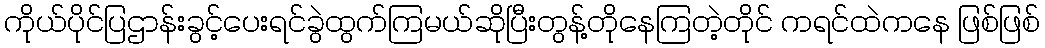
ကိုယ်ပိုင်ပြဌာန်းခွင့်ပေးရင်ခွဲထွက်ကြမယ်ဆိုပြီးတွန့်တိုနေကြတဲ့တိုင် ကရင်ထဲကနေ ဖြစ်ဖြစ်